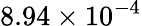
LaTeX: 8.94\times 10^{-4}